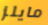
مايلز